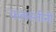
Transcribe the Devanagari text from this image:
फलस्तीनी